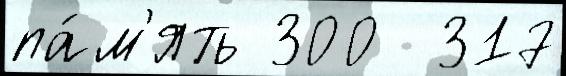
па́м'ять 300  317